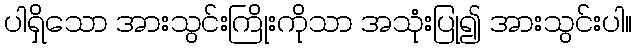
ပါရှိသော အားသွင်းကြိုးကိုသာ အသုံးပြု၍ အားသွင်းပါ။